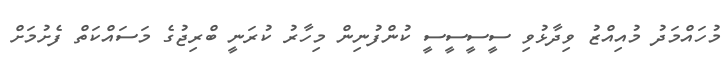
މުހައްމަދު މުއިއްޒު ވިދާޅުވި ސީސީސީސީ ކުންފުނިން މިހާރު ކުރަނީ ބްރިޖުގެ މަސައްކަތް ފެށުމަށް